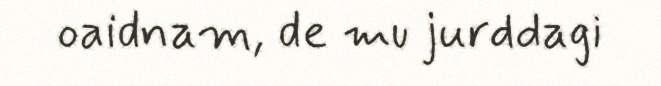
oaidnam, de mu jurddagi